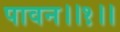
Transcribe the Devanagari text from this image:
पावन।।१।।